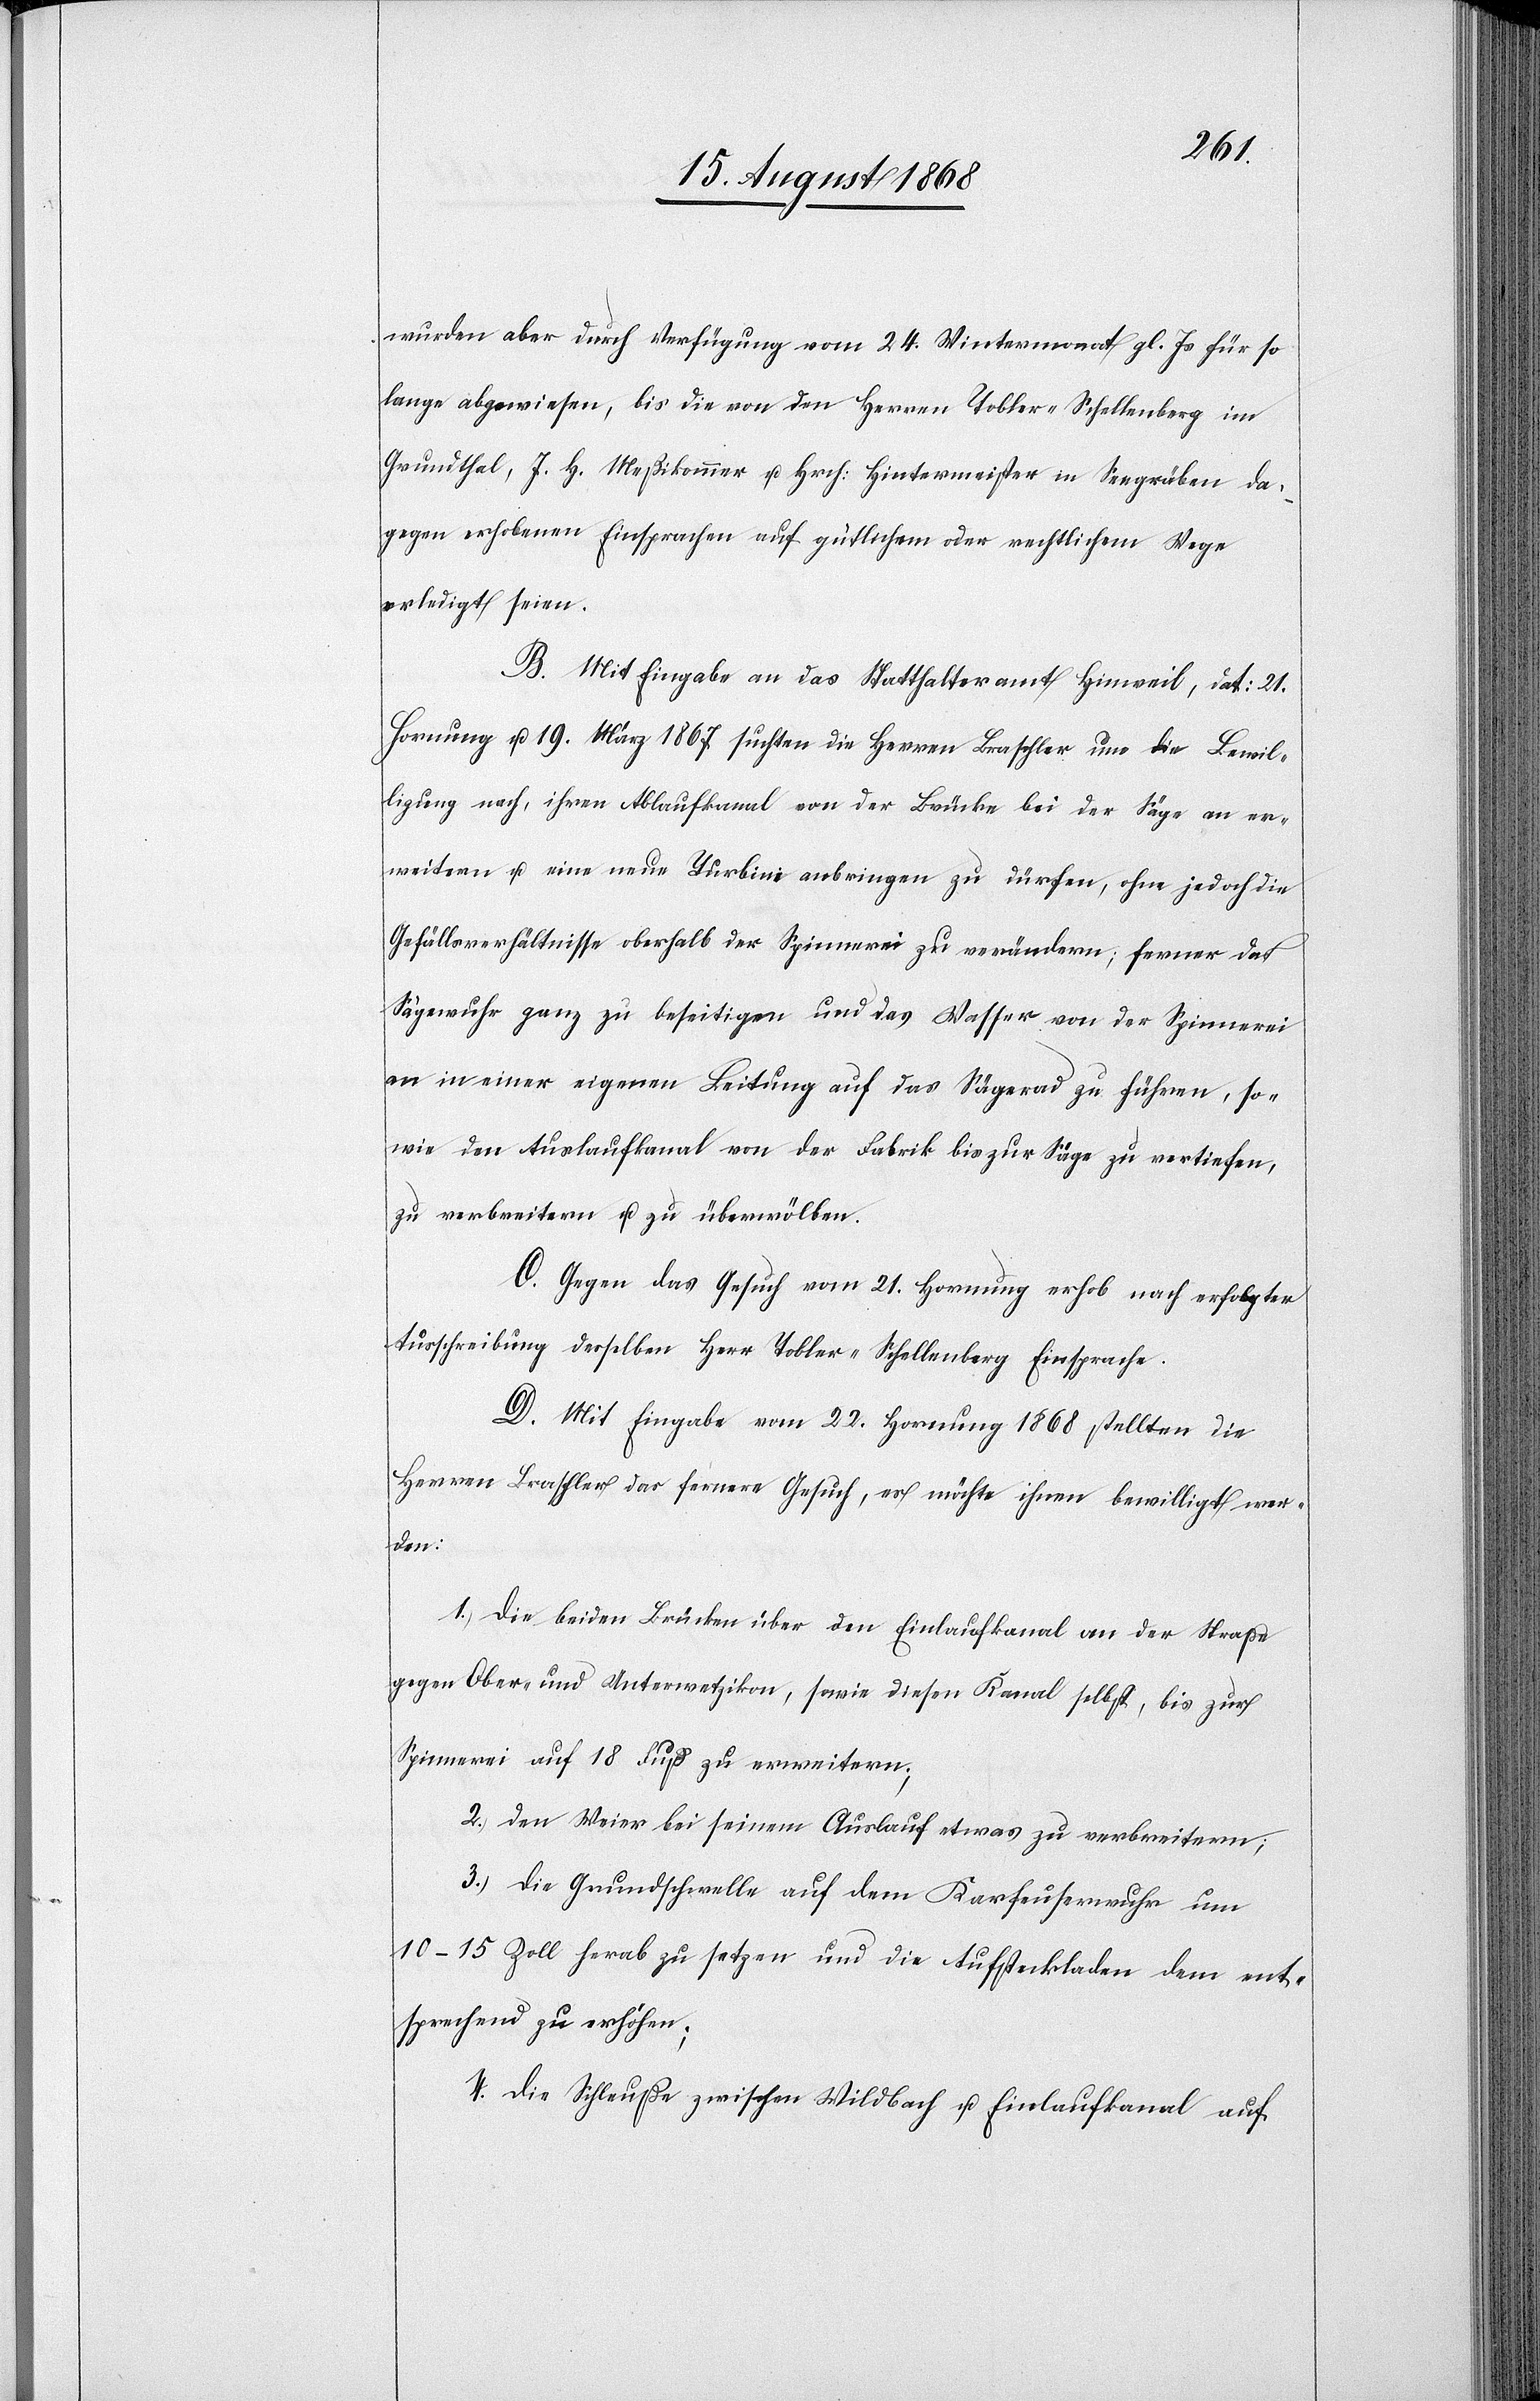
24.
lange abgewiesen, bis die von den Herren Tobler-Schellenberg im
Grundthal, J. H. Meßikommer u. Hrch: Hintermeister in Seegräben da¬
gegen erhobenen Einsprachen auf gütlichem oder rechtlichem Wege
erledigt seien.
B. Mit Eingabe an das Statthalteramt Hinweil, dat: 21.
Hornung u. 19. März 1867 suchten die Herren Braschler um die Bewil¬
ligung nach, ihren Ablaufkanal von der Brücke bei der Säge an er¬
weitern u. eine neue Turbine anbringen zu dürfen, ohne jedoch die
Gefällsverhältnisse oberhalb der Spinnerei zu verändern; ferner das
Sägewuhr ganz zu beseitigen und das Wasser von der Spinnerei
an in einer eigenen Leitung auf das Sägerad zu führen, so¬
wie den Auslaufkanal von der Fabrik bis zur Säge zu vertiefen,
zu verbreitern u. zu überwölben.
C. Gegen das Gesuch vom 21. Hornung erhob nach erfolgter
Ausschreibung desselben Herr Tobler-Schellenberg Einsprache.
D. Mit Eingabe vom 22. Hornung 1868 stellten die
Herren Braschler das fernere Gesuch, es möchte ihnen bewilligt wer¬
den:
1.) die beiden Brücken über den Einlaufkanal an der Straße
gegen Ober- und Unterwetzikon, sowie diesen Kanal selbst, bis zur
Spinnerei auf 18 Fuß zu erweitern;
2.) den Weier bei seinem Auslauf etwas zu verbreitern;
3.) die Grundschwelle auf dem Karfeuserwuhr um
10–15 Zoll herab zu setzen und die Aufsteckladen dem ent¬
sprechend zu erhöhen;
4.) die Schleuße zwischen Wildbach u. Einlaufkanal auf